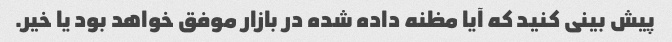
پیش بینی کنید که آیا مظنه داده شده در بازار موفق خواهد بود یا خیر.